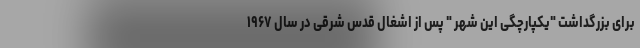
برای بزرگداشت "یکپارچگی این شهر " پس از اشغال قدس شرقی در سال ۱۹۶۷